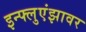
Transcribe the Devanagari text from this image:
इन्फ्लुएंझावर